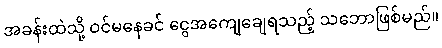
အခန်းထဲသို့ ဝင်မနေခင် ငွေအကျေချေရသည့် သဘောဖြစ်မည်။